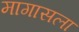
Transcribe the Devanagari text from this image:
मागासला